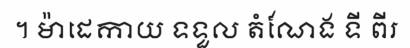
។ ម៉ាដេកាយ ទទួល តំណែង ទី ពីរ